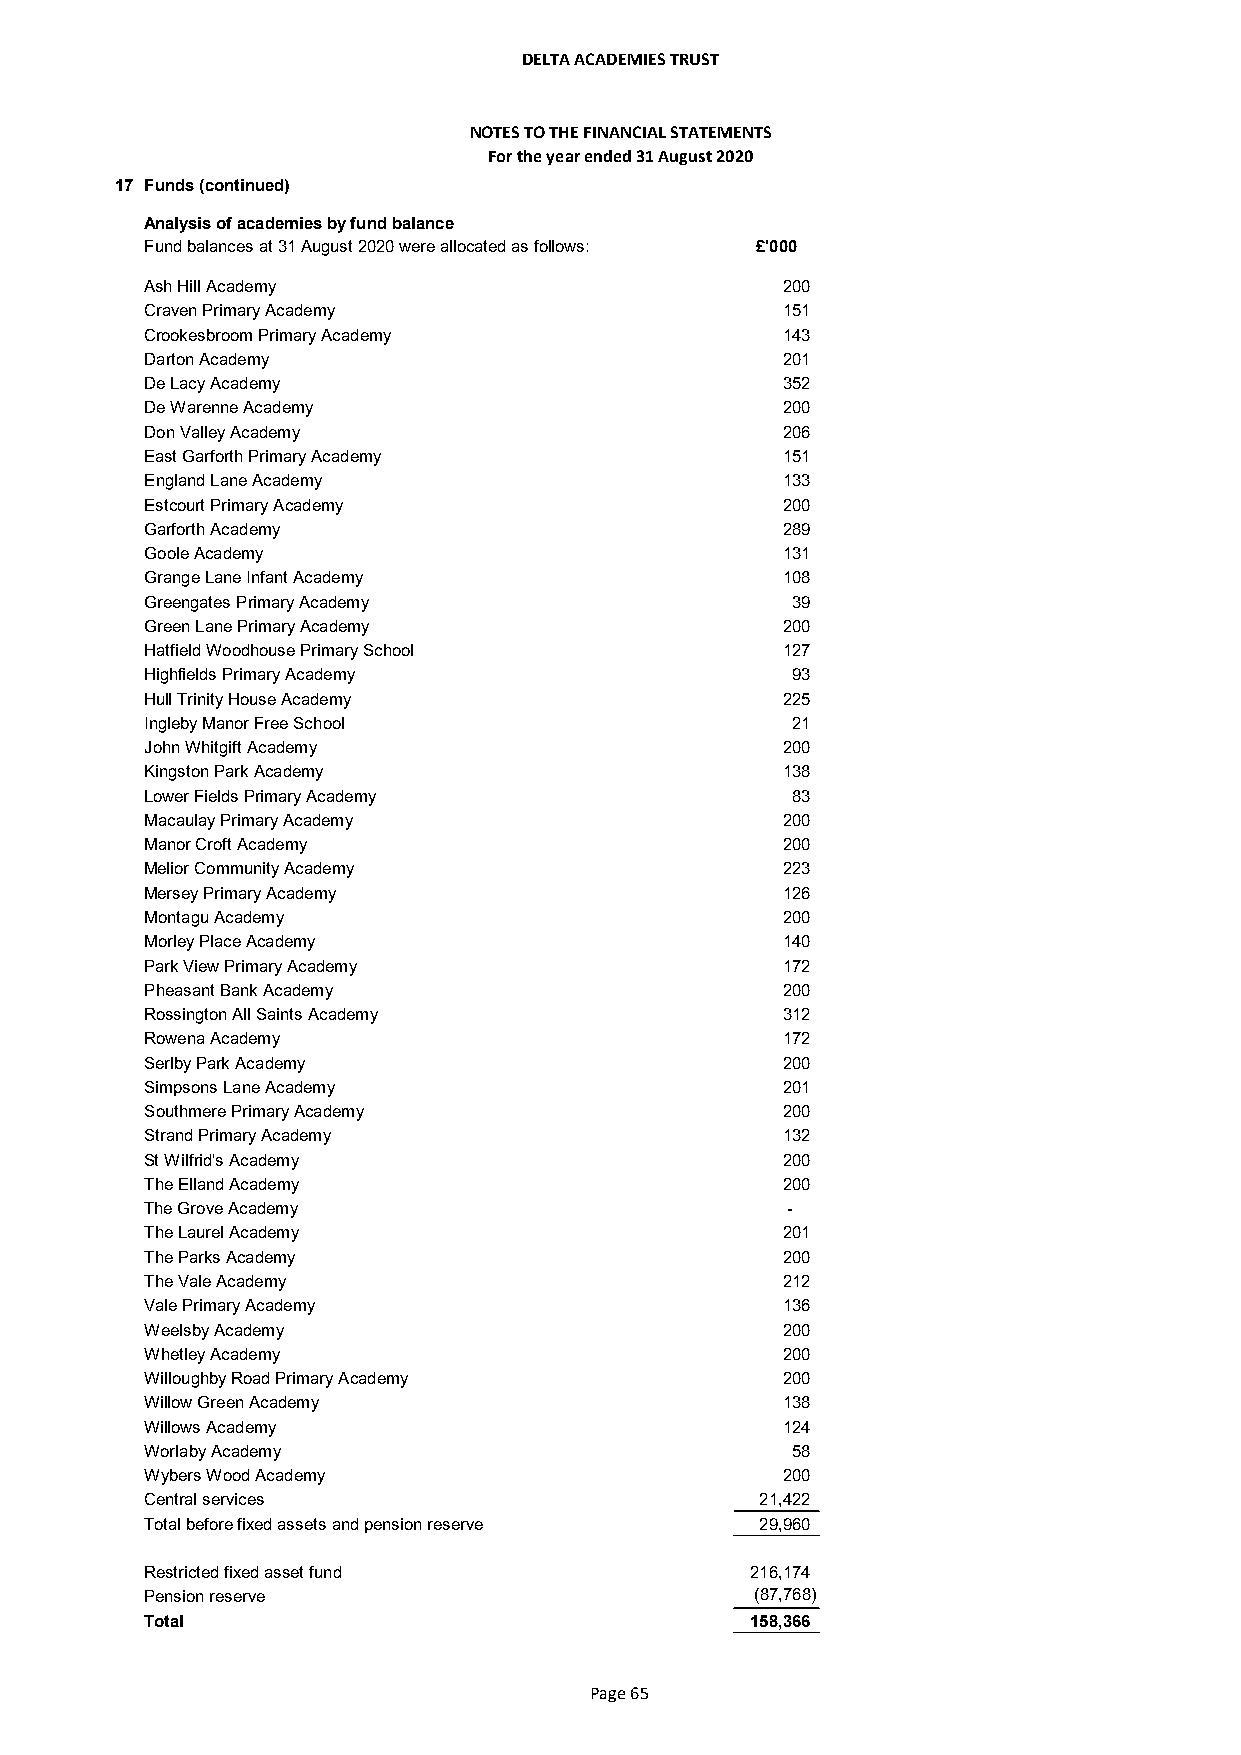
DELTA ACADEMIES TRUST
 NOTES TO THE FINANCIAL STATEMENTS
 For the year ended 31 August 2020
 17 Funds (continued)
 Analysis of academies by fund balance
 Fund balances at 31 August 2020 were allocated as follows: £'000
 Ash Hill Academy                          200
 Craven Primary Academy                    151
 Crookesbroom Primary Academy              143
 Darton Academy                            201
 De Lacy Academy                           352
 De Warenne Academy                        200
 Don Valley Academy                        206
 East Garforth Primary Academy             151
 England Lane Academy                      133
 Estcourt Primary Academy                  200
 Garforth Academy                          289
 Goole Academy                             131
 Grange Lane Infant Academy                108
 Greengates Primary Academy                39
 Green Lane Primary Academy                200
 Hatfield Woodhouse Primary School         127
 Highfields Primary Academy                93
 Hull Trinity House Academy                225
 Ingleby Manor Free School                 21
 John Whitgift Academy                     200
 Kingston Park Academy                     138
 Lower Fields Primary Academy              83
 Macaulay Primary Academy                  200
 Manor Croft Academy                       200
 Melior Community Academy                  223
 Mersey Primary Academy                    126
 Montagu Academy                           200
 Morley Place Academy                      140
 Park View Primary Academy                 172
 Pheasant Bank Academy                     200
 Rossington All Saints Academy             312
 Rowena Academy                            172
 Serlby Park Academy                       200
 Simpsons Lane Academy                     201
 Southmere Primary Academy                 200
 Strand Primary Academy                    132
 St Wilfrid's Academy                      200
 The Elland Academy                        200
 The Grove Academy                         -
 The Laurel Academy                        201
 The Parks Academy                         200
 The Vale Academy                          212
 Vale Primary Academy                      136
 Weelsby Academy                           200
 Whetley Academy                           200
 Willoughby Road Primary Academy           200
 Willow Green Academy                      138
 Willows Academy                           124
 Worlaby Academy                           58
 Wybers Wood Academy                       200
 Central services                        21,422
 Total before fixed assets and pension reserve 29,960
 Restricted fixed asset fund             216,174
 Pension reserve                         (87,768)
 Total                                   158,366
 Page 65